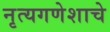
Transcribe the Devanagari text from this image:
नृत्यगणेशाचे